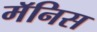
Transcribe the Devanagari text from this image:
मॅनिस